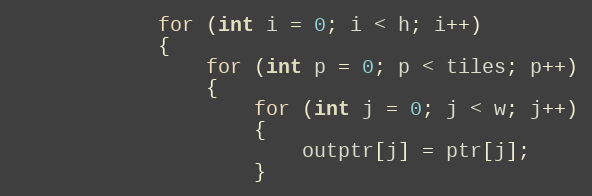
Language: C++
            for (int i = 0; i < h; i++)
            {
                for (int p = 0; p < tiles; p++)
                {
                    for (int j = 0; j < w; j++)
                    {
                        outptr[j] = ptr[j];
                    }